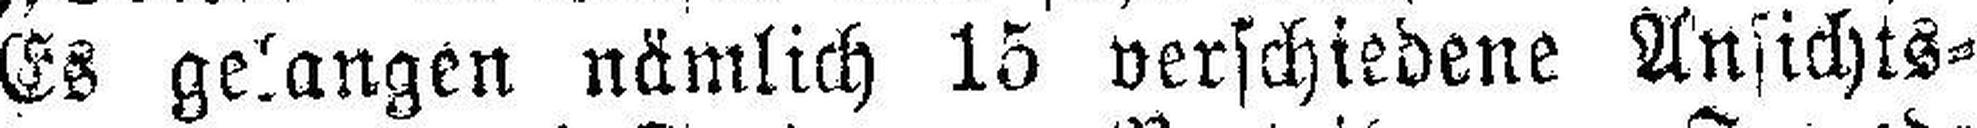
Es gelangen nämlich 15 verschiedene Ansichts¬